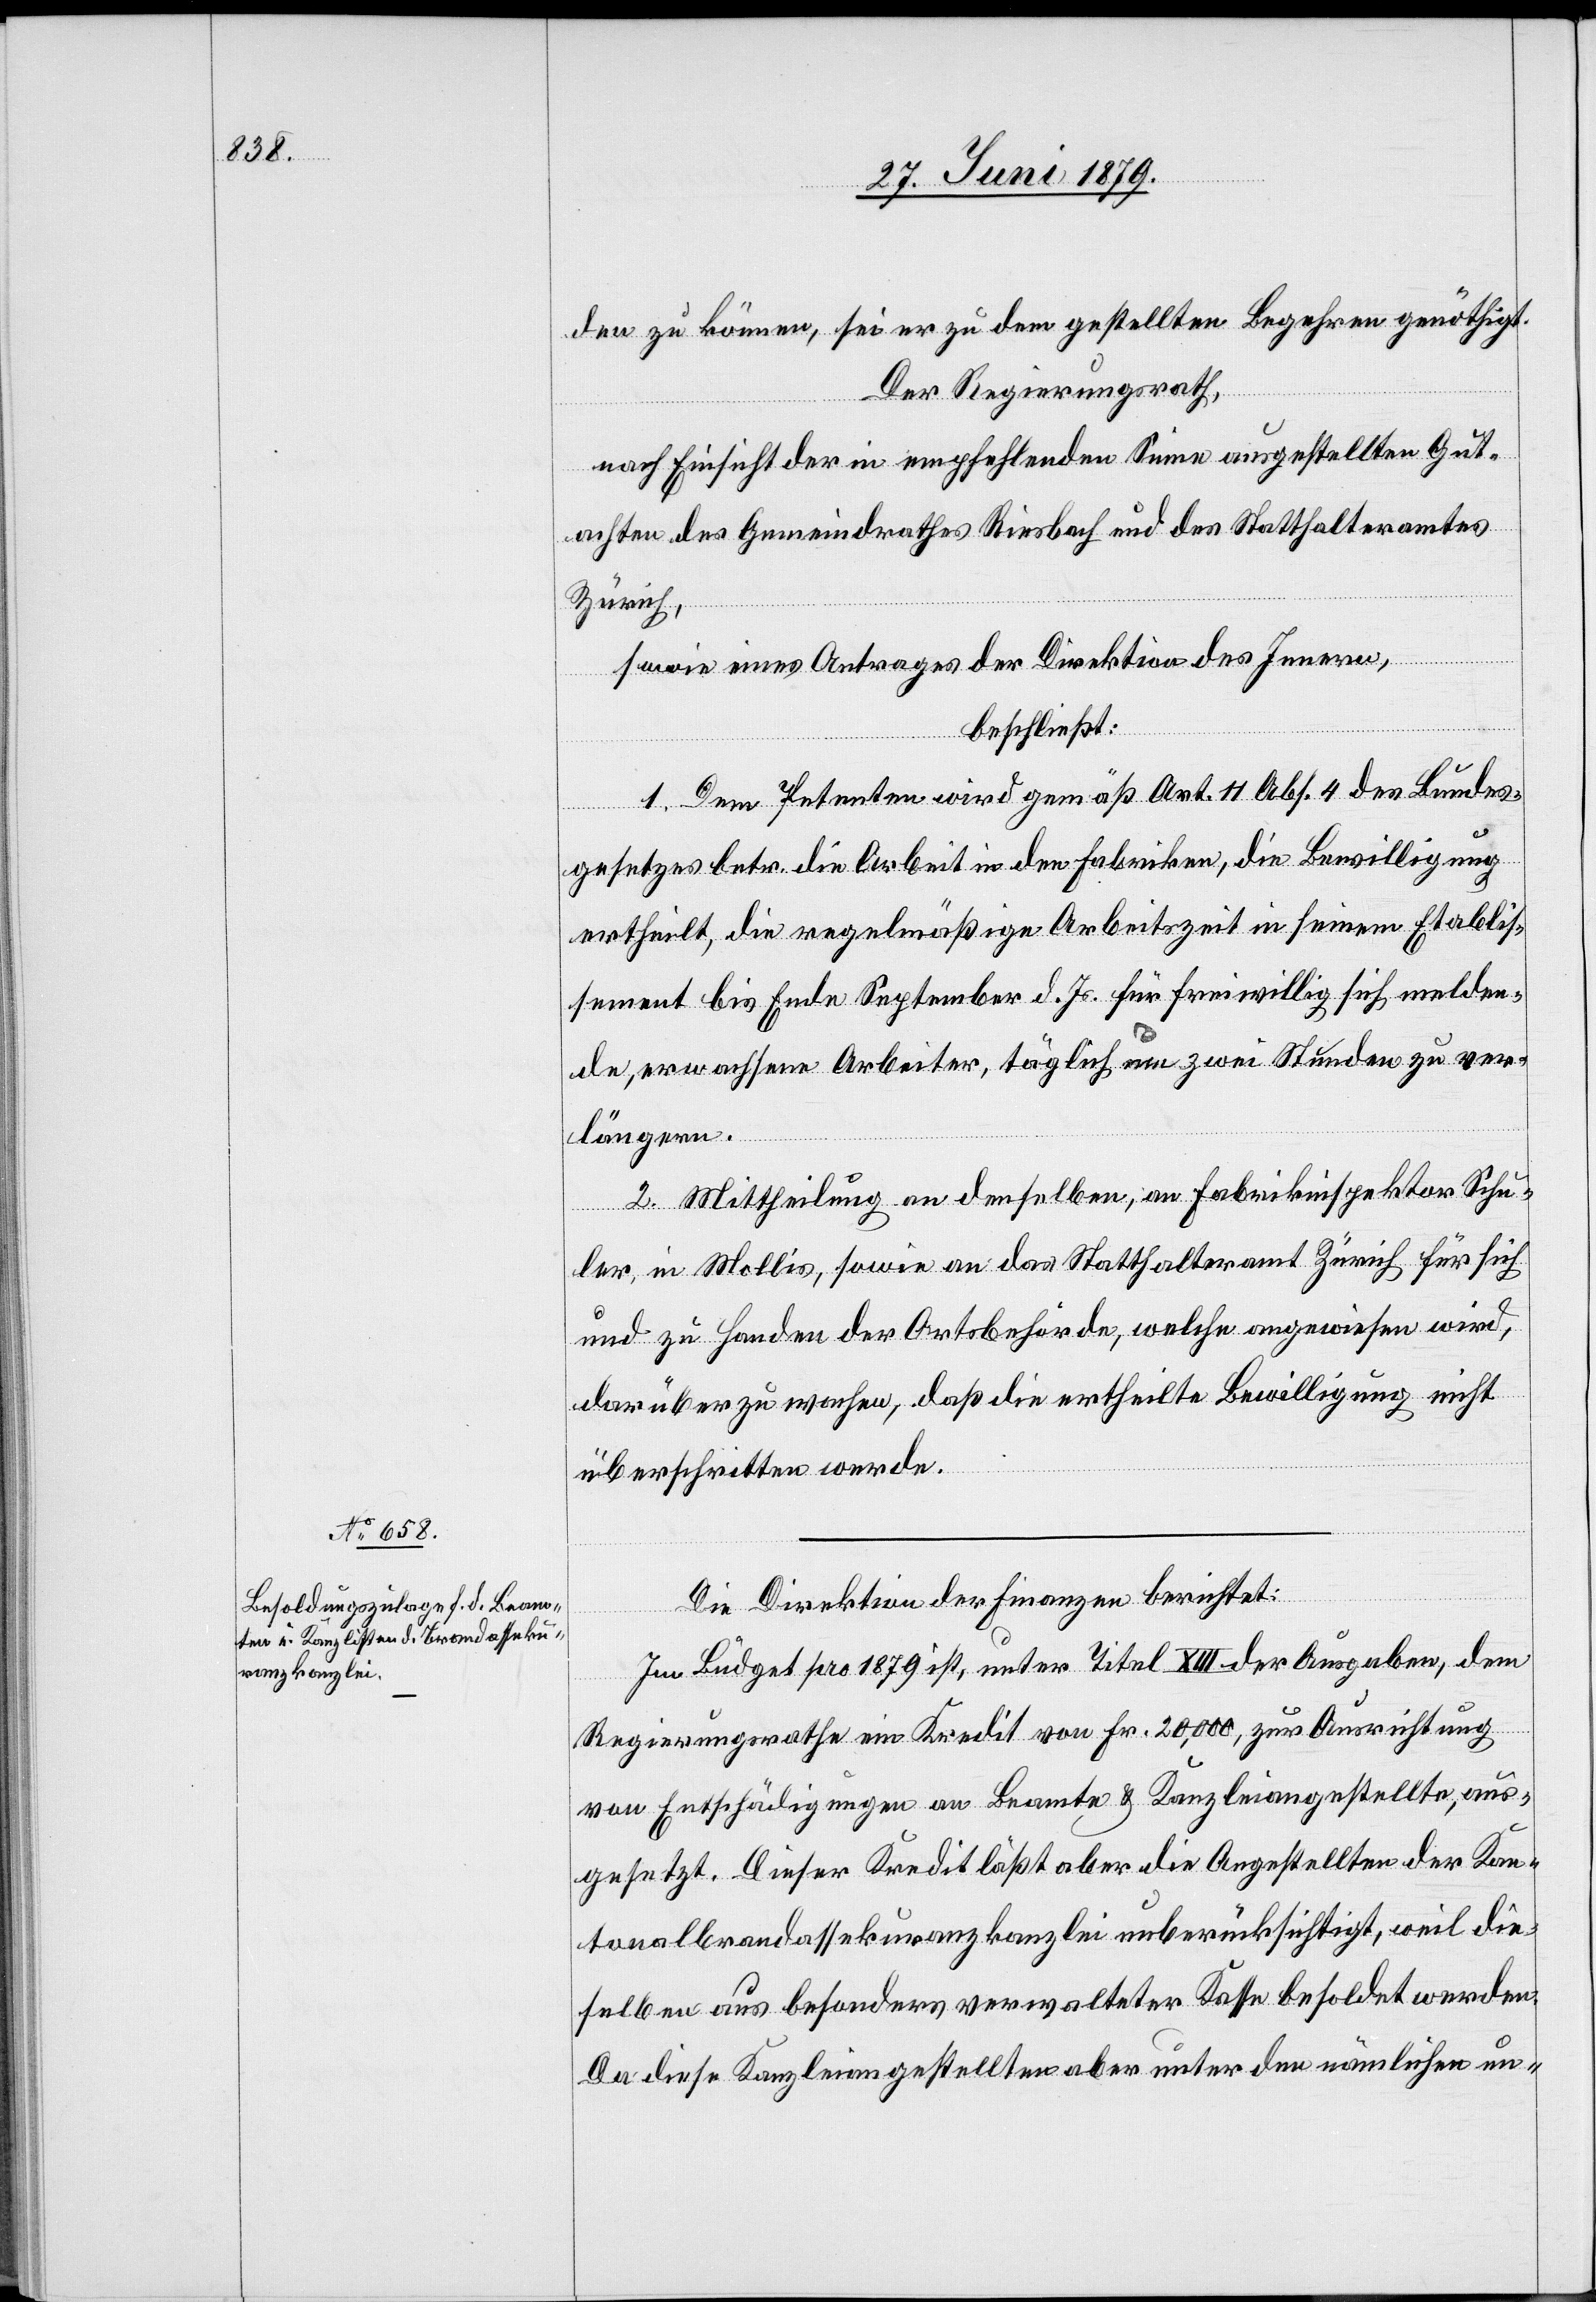
den zu können, sei er zu dem gestellten Begehren genöthigt.
Der Regierungsrath,
nach Einsicht der in empfehlenden Sinne ausgestellten Gut¬
achten des Gemeindrathes Riesbach und des Statthalteramtes
Zürich,
sowie eines Antrages der Direktion des Innern,
beschließt:
1. Dem Petenten wird gemäß Art. 11 Abs. 4 des Bundes¬
gesetzes betr. die Arbeit in den Fabriken, die Bewilligung
ertheilt, die regelmäßige Arbeitszeit in seinem Etablis¬
sement bis Ende September d. Js. für freiwillig sich melden¬
de, erwachsene Arbeiter, täglich um zwei Stunden zu ver¬
längern.
2. Mittheilung an denselben, an Fabrikinspektor Schu¬
ler, in Mollis, sowie an das Statthalteramt Zürich für sich
und zu Handen der Ortsbehörde, welche angewiesen wird,
darüber zu wachen, daß die ertheilte Bewilligung nicht
überschritten werde.
Die Direktion der Finanzen berichtet:
Im Büdget pro 1879 ist, unter Titel XIII der Ausgaben, dem
Regierungsrathe ein Kredit von Fr. 20,000, zur Ausrichtung
von Entschädigungen an Beamte & Kanzleiangestellte, aus¬
gesetzt. Dieser Kredit läßt aber die Angestellten der Kan¬
tonalbrandassekuranzkanzlei unberücksichtigt, weil die¬
selben aus besonders verwalteter Kasse besoldet werden.
Da diese Kanzleiangestellten aber unter den nämlichen un-